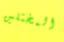
المختلين